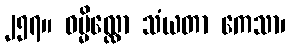
၂၅၇။ ဓမ္မိလ္လော သံယတာ ကေသာ၊